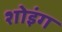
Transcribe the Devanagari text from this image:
शोइंग